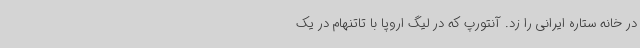
در خانه ستاره ایرانی را زد. آنتورپ که در لیگ اروپا با تاتنهام در یک